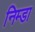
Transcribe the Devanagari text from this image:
निम्डा